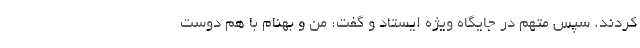
کردند. سپس متهم در جایگاه ویژه ایستاد و گفت: من و بهنام با هم دوست